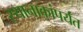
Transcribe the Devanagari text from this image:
स्थानाकांपर्यंत